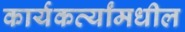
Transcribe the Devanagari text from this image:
कार्यकर्त्यांमधील